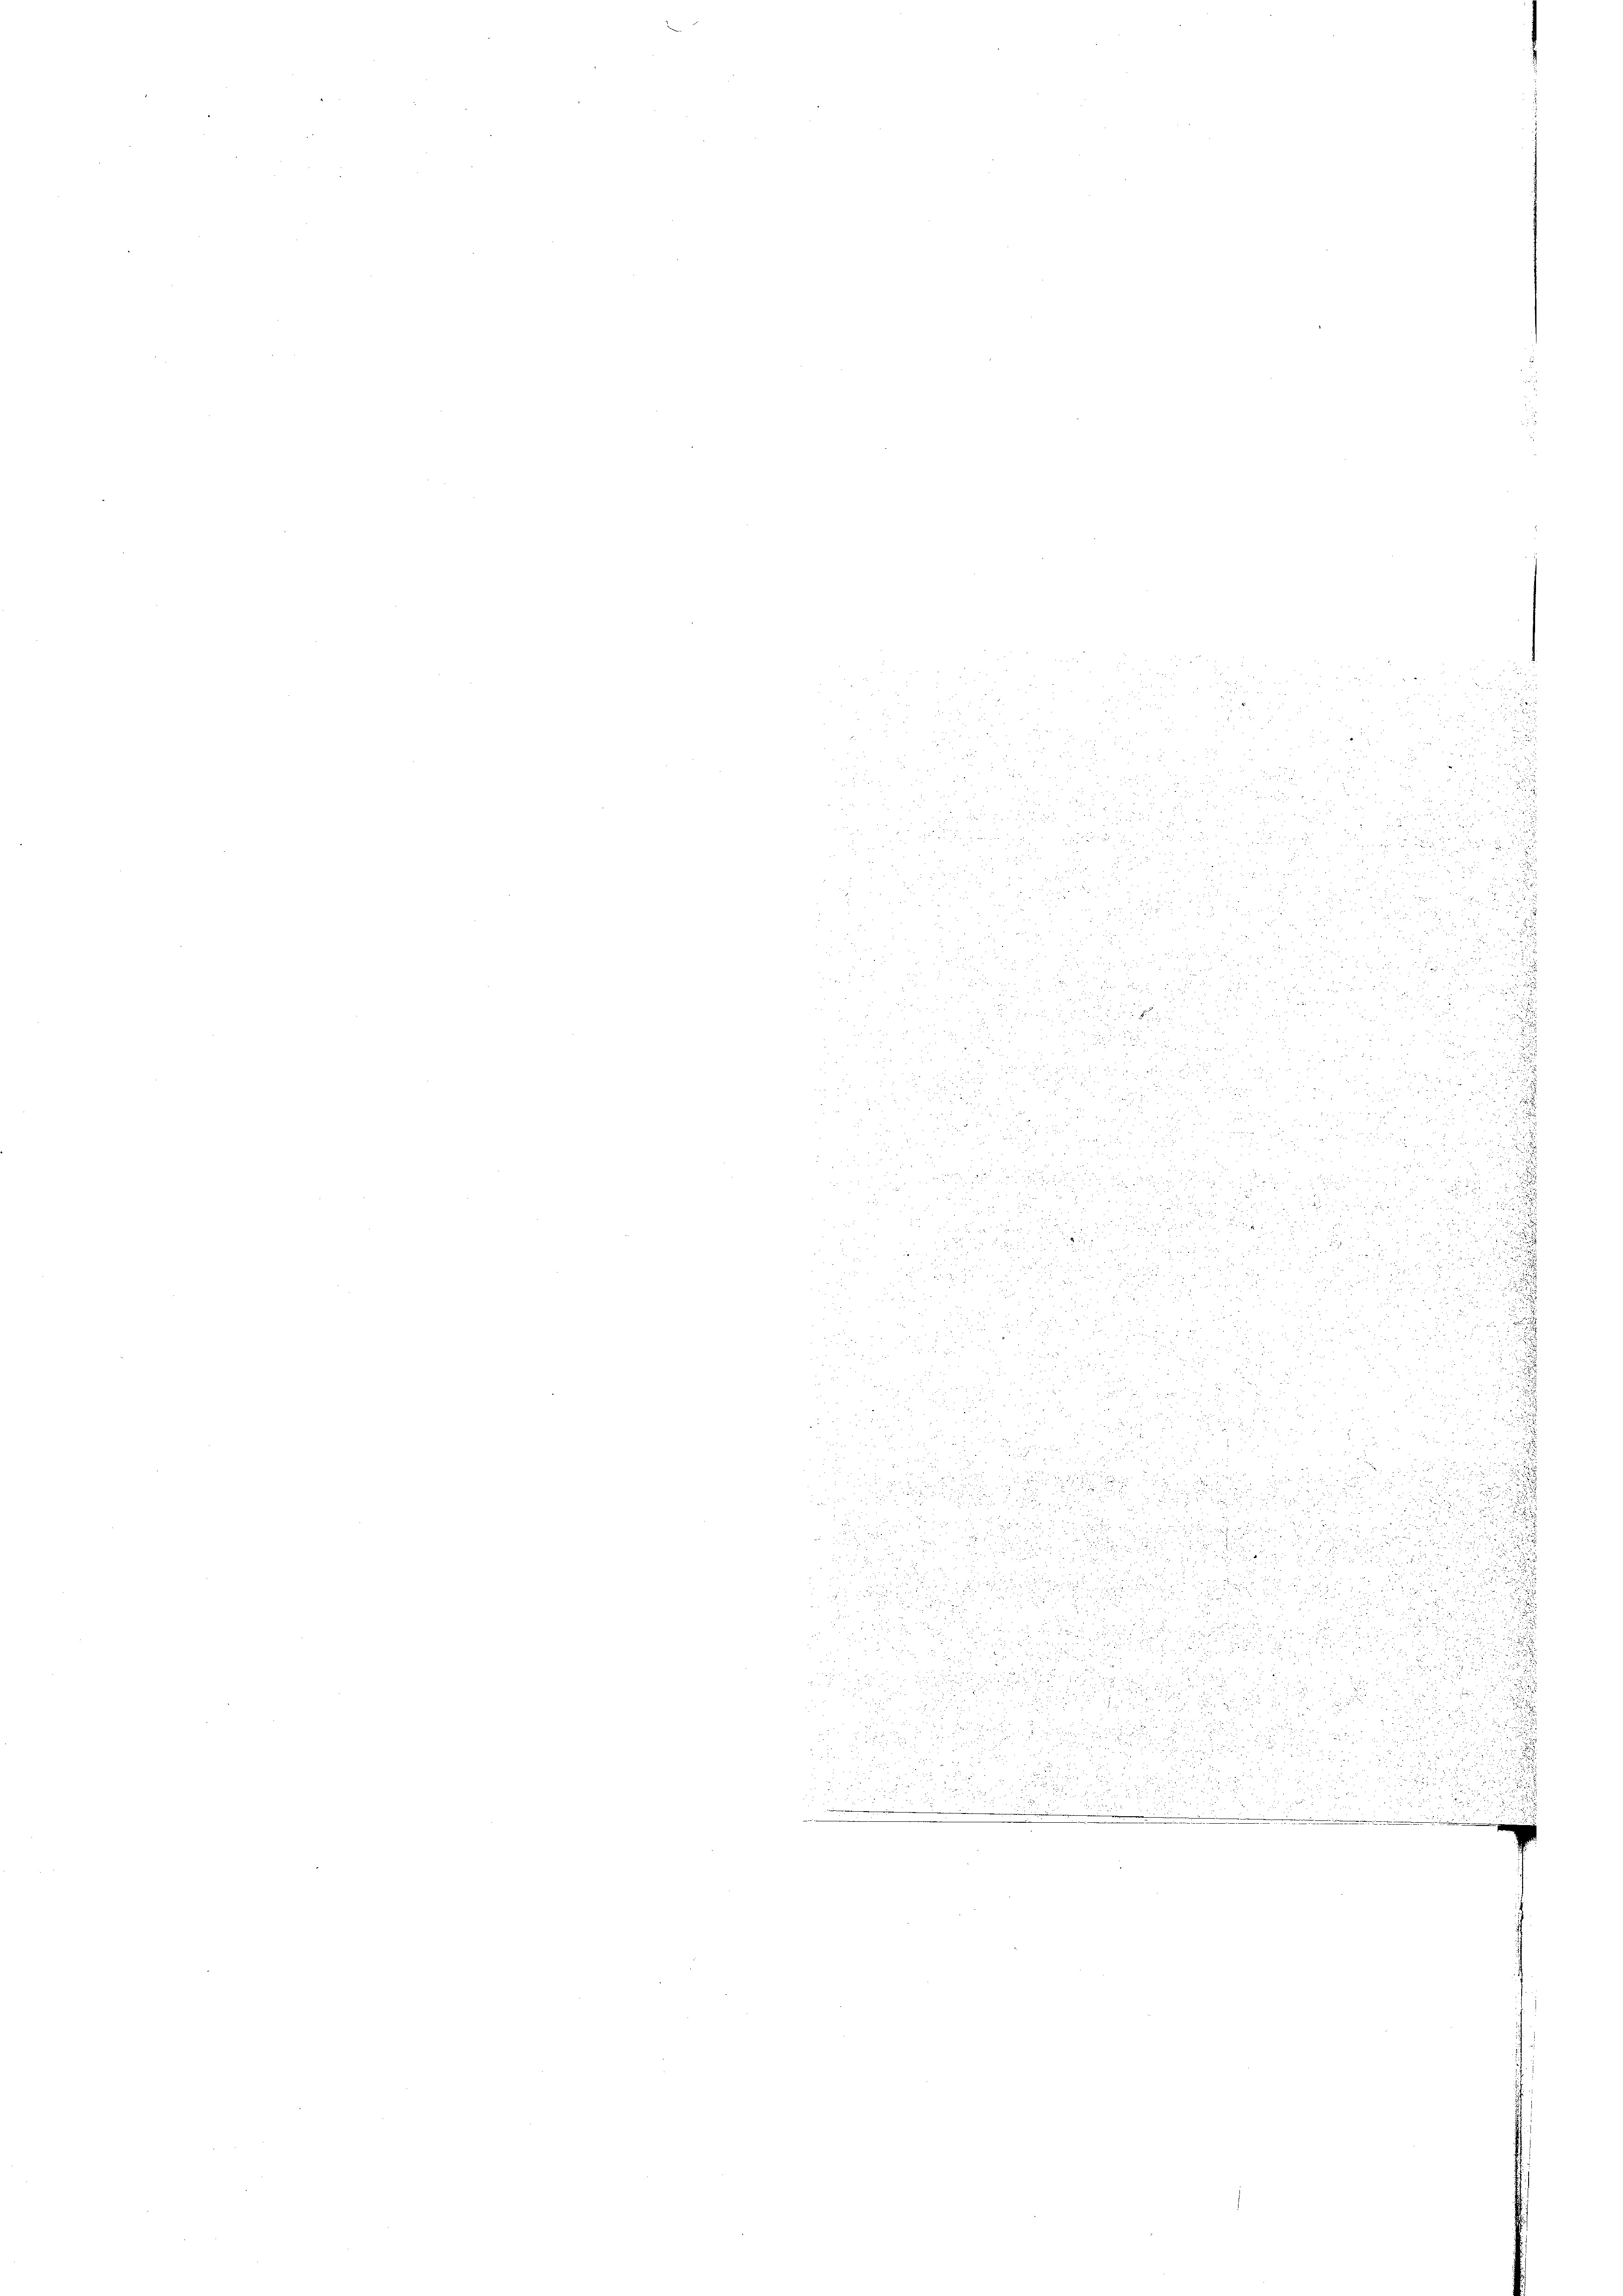
.
n
1 x

n

u
 xx 28 x

u

 x 2 25 x

25
 x

 555
 2
.

4

a
.

 f 0 x
5

d

2

2.
.
122
u

 f 24 x x

22
s
s
2
 5 15 00

u
d

d
 xx

¬

  20 x

  und de
d       4 x

.

u
d.

 x
2
2
 27

.

.
2
F

2.
d

n

2
.

u

228
 18 x

.
1

u

 1882
e

u

x
2 x

d

e
5

 x

2
a
 8 x

a
2

.

e

e

u

 1889
u

s

¬

d

und an die

5

.

u

e

t

u

.

dchen u. durch

1

d

u

d

u
u

n

d

¬

x

i

2